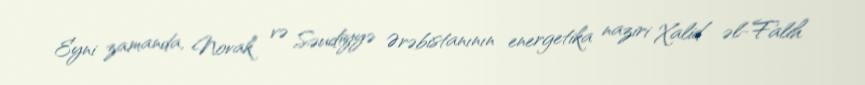
Eyni zamanda, Novak və Səudiyyə Ərəbistanının energetika naziri Xalid əl-Falih